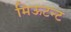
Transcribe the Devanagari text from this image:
मिऊटन्ट